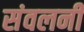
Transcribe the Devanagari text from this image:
संवलनी